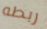
ربطه